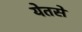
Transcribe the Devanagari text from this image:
येतसे